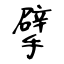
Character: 擘